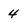
Character: 4